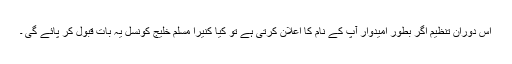
اس دوران تنظیم اگر بطور امیدوار آپ کے نام کا اعلان کرتی ہے تو کیا کنیرا مسلم خلیج کونسل یہ بات قبول کر پائے گی ۔